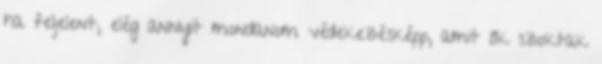
ha feljelent, elég annyit mondanom védekezésképp, amit ők szoktak